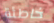
خاطئة